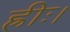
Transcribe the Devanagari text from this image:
ह्रीः।